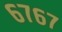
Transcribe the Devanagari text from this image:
६७६७